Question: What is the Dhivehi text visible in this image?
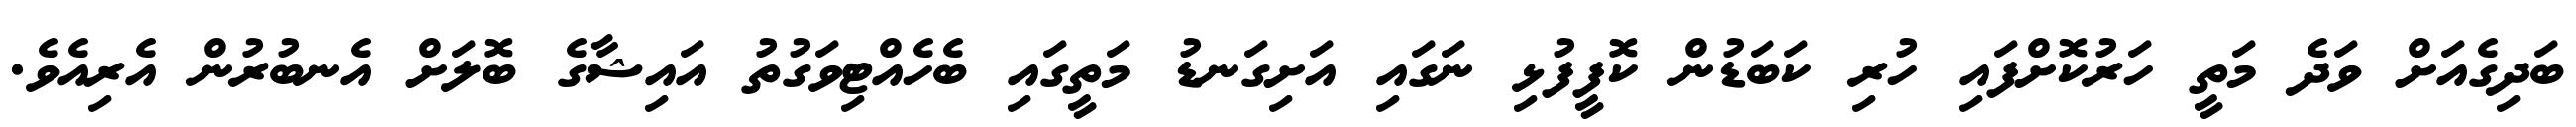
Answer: ބަދިގެއަށް ވަދެ މަތީ ހަރުކޮށްފައި ހުރި ކަބަޑުން ކޮފީފުޅި ނަގައި އަށިގަނޑު މަތީގައި ބެހެއްޓިވަގުތު އައިޝާގެ ބޮލަށް އެނބުރުން އެރިއެވެ.